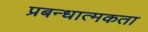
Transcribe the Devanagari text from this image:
प्रबन्धात्मकता